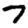
Digit: 7